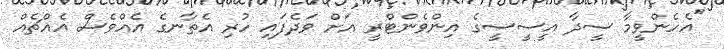
"އެހެންވީމާ ސީދާ އީސީސީގެ އިންވެންޓްރީ އަށް ވަދެފައި ހުރި އެތާނގެ އެއްވެސް އެއްޗެއް